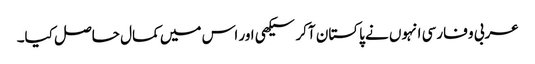
عربی و فارسی انہوں نے پاکستان آکر سیکھی اور اس میں کمال حاصل کیا۔